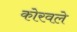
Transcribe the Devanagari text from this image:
कोरवले